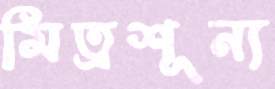
মিত্রশূন্য